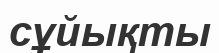
сұйықты